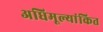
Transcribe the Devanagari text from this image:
अधिमूल्यांकित